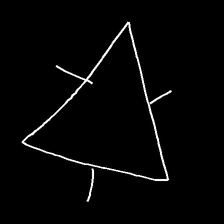
Glyph: fire